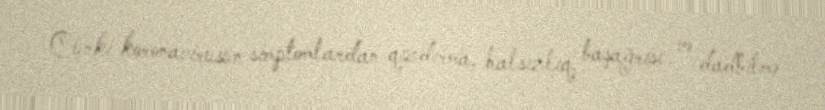
Çünki koronavirusun simptomlardan qızdırma, halsızlıq, başağrısı və dadbilmə